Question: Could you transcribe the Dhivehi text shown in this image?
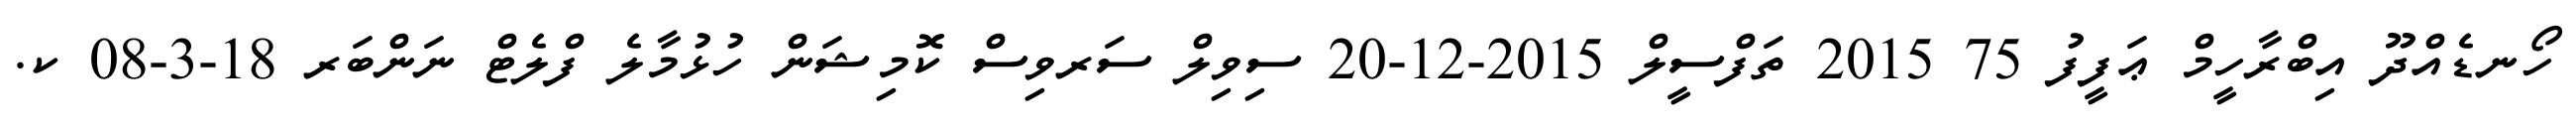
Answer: ހޯނޑެއްދޫ އިބްރާހީމް ޢަފީފު 75 2015 ތަފްސީލް 2015-12-20 ސިވިލް ސަރވިސް ކޮމިޝަން ހުޅުމާލެ ފްލެޓް ނަންބަރ 18-3-08 ކ.